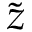
\tilde { z }